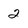
Character: 2